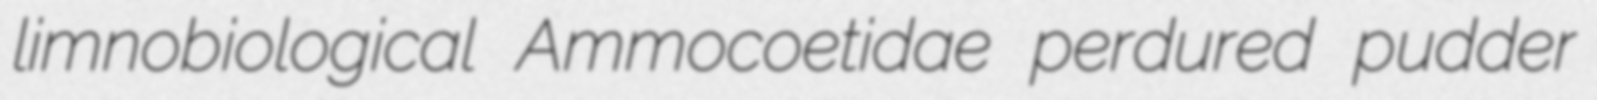
limnobiological Ammocoetidae perdured pudder